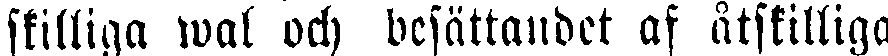
skilliga wal och besättandet af åtskilliga